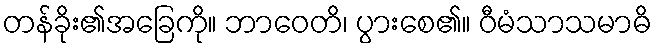
တန်ခိုး၏အခြေကို။ ဘာဝေတိ၊ ပွားစေ၏။ ဝီမံသာသမာဓိ